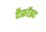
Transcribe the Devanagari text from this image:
टैफ्रॉइट